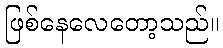
ဖြစ်နေလေတော့သည်။